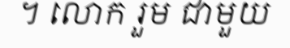
។ លោក រួម ជាមួយ